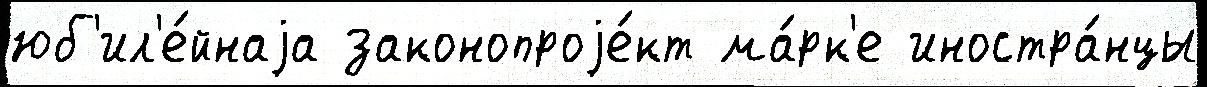
юб'ил'е́йнаjа законопроjе́кт ма́рк'е иностра́нцы